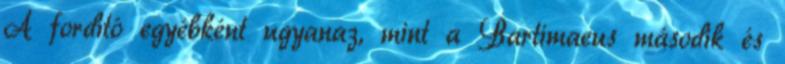
A fordító egyébként ugyanaz, mint a Bartimaeus második és